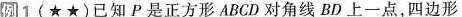
例1(★★)已知P是正方形ABCD对角线BD上一点，四边形